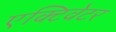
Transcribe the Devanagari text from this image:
एक्टिवेटर